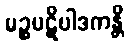
မဉ္စပဋိပါဒကန္တိ